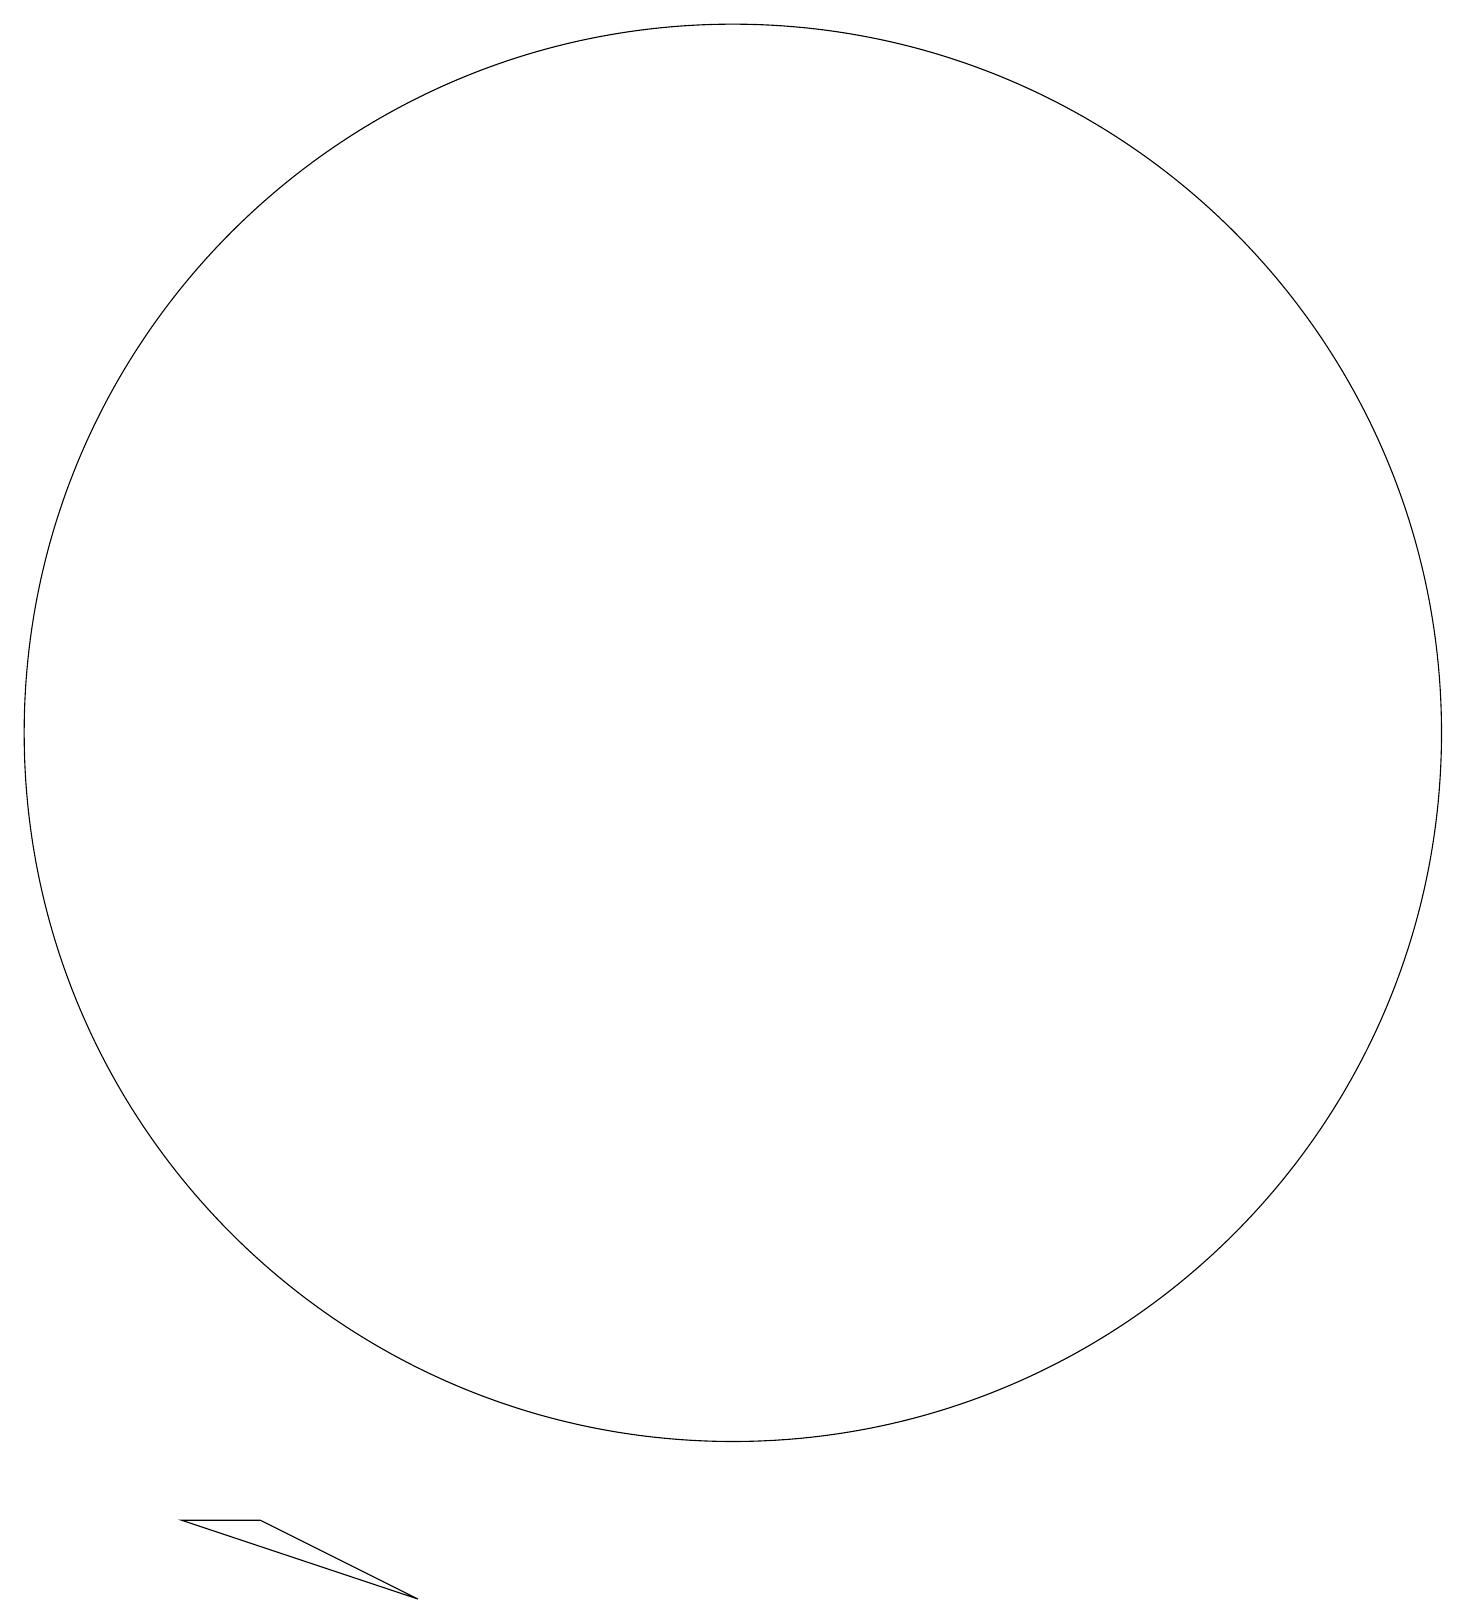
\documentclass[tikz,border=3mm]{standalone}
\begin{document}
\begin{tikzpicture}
\draw (10,11) circle (9);
\draw (4,1) -- (6,0) -- (3,1) -- cycle;
\draw (11,10) circle (0);
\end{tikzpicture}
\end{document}